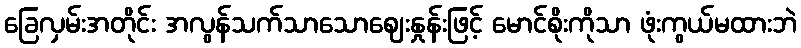
ခြေလှမ်းအတိုင်း အလွန်သက်သာသောဈေးနှုန်းဖြင့် မောင်စိုးကိုသာ ဖုံးကွယ်မထားဘဲ